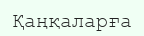
Қаңқаларға